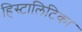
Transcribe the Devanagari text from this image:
हिस्टालिटिका